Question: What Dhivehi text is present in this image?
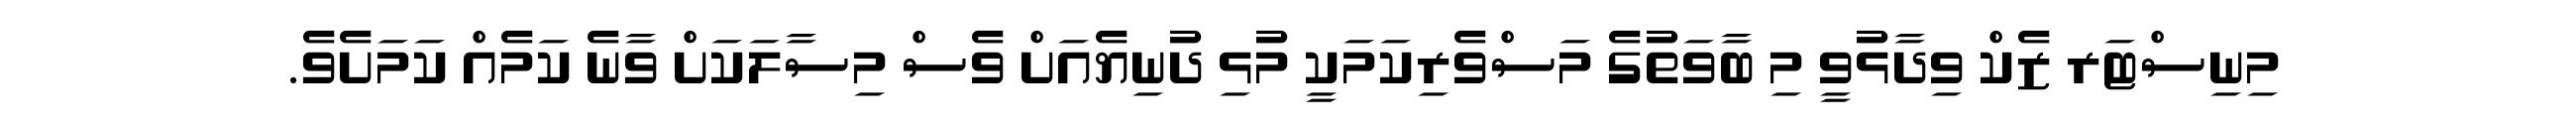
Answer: މިނިސްޓަރ ޒެކް ވިދާޅުވީ މި ބާވަތުގެ މަސްވެރިކަމަކީ މުޅި ދުނިޔެއަށް ވެސް މިސާލަކަށް ވާނެ ކަމެއް ކަމަށެވެ.